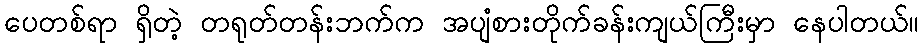
ပေတစ်ရာ ရှိတဲ့ တရုတ်တန်းဘက်က အပျံစားတိုက်ခန်းကျယ်ကြီးမှာ နေပါတယ်။